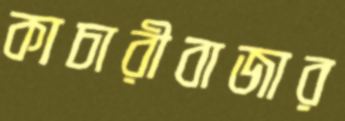
কাচারীবাজার